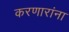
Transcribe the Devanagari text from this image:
करणारांना